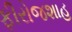
ફીરોજશાહ